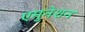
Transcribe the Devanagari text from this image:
एमुनेशन